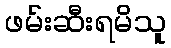
ဖမ်းဆီးရမိသူ